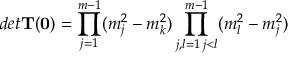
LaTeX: d e t \mathbf { T ( 0 ) } = \prod _ { j = 1 } ^ { m - 1 } ( m _ { j } ^ { 2 } - m _ { k } ^ { 2 } ) \prod _ { \substack { j , l = 1 \, j < l } } ^ { m - 1 } ( m _ { l } ^ { 2 } - m _ { j } ^ { 2 } )